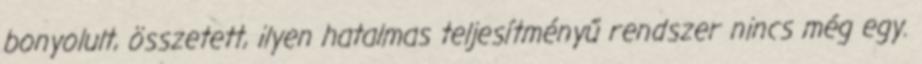
bonyolult, összetett, ilyen hatalmas teljesítményű rendszer nincs még egy.